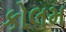
કોલમ